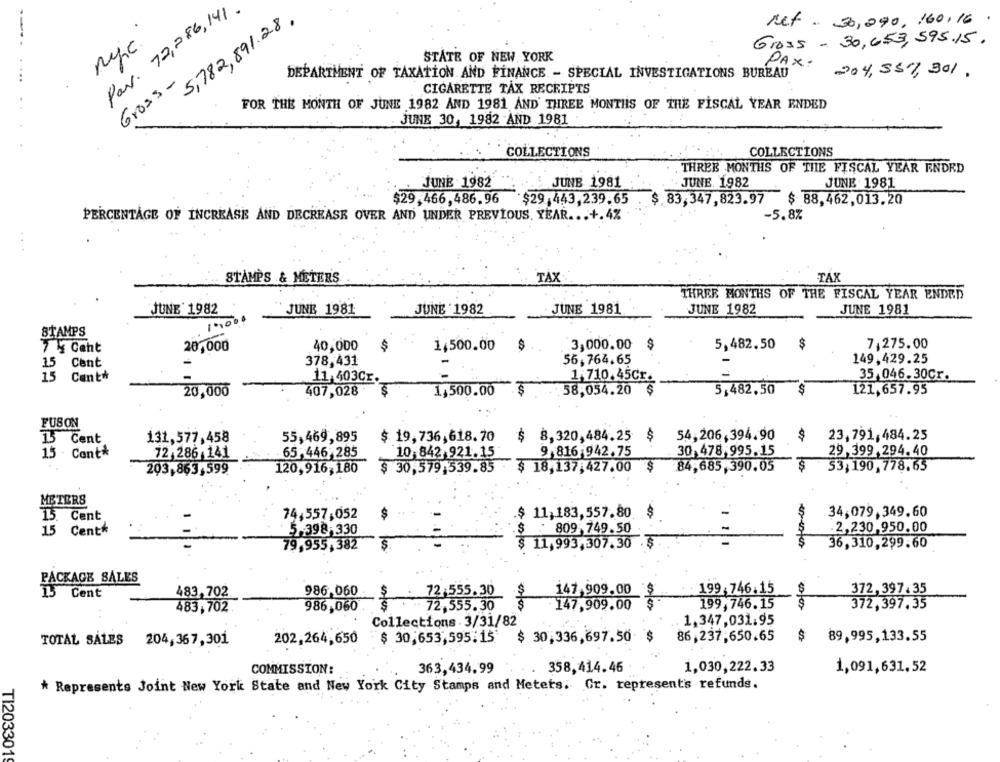
Par. 72,286,141 .
5,782,891.28.
Met . 30,290, 160.16
Gross - 30,653,595.15.
STATE OF NEW YORK
PAX
Gross-
DEPARTMENT OF TAXATION AND FINANCE - SPECIAL INVESTIGATIONS BUREAU
204,357, 301.
CIGARETTE TAX RECEIPTS
FOR THE MONTH OF JUNE 1982 AND 1981 AND' THREE MONTHS OF THE FISCAL YEAR ENDED
JUNE 30, 1982 AND 1981
COLLECTIONS
COLLECTIONS
. THREE MONTHS OF THE FISCAL YEAR ENDED
JUNE 1982
JUNE 1982
JUNE 1981
JUNE 1981
$29,466,486.96
"$29,443,239.65
$ 83,347,823.97
$ 88,462,013.20
PERCENTAGE OF INCREASE AND DECREASE OVER AND UNDER PREVIOUS. YEAR ... +.4%
-5.8%
..
STAMPS & METERS
TAX
TAX
THREE MONTHS OF THE FISCAL YEAR ENDED
JUNE 1982
JUNE 1981
JUNE 1982
JUNE 1981
JUNE 1982
JUNE 1981
19000
STAMPS
7,275.00
74 Caht
20,000
.40,000
$
1,500.00
$
3,000.00
$
5,482.50
$
149,429.25
15
15 Cent
378,431
56,764.65
15 Cent*
15
11,403Cr.
1 710.45Cr.
35,046.30Cr.
20,000
407,028
1,500.00
.58,054.20
5,482,50
$
121,657.95
FUS ON
1L
Cent
131,577,458
55,469,895
$ 19,736,618.70
$
8,320,484.25
$
54,206,394.90
$
23,791,484.25
30,478 995.15
15 - Cont*
72,286-141
65,446, 285
10 842 921.15
9 816 942.75
29,399,294.40
203,863,599
120,916,180
$ 30,579,539.85
$ 18,137,427.00
84,685,390.05
$
53,190, 778.65
METERS
15. Cent
74,557,052
$ 11,183,557.80
$
34,079,349.60
15 Cent*
5.398,330
$ . 809, 749.50
.2,230,950.00
11
79,955,382
$ 11,993,307.30
36,310, 299.60
PACKAGE SALES
Cent
483,702
986,060
72,555.30
147,909.00
199 746.15
372, 397. 35
483,702
986,060
72.555.30
02/00
147,909.00
199,746.15
372,397.35
Collections . 3/31/82
1,347,031.95
202,264,650 $ 30,653,595:15
$ 30,336,697.50
$
86,237,650.65
$
89,995,133.55
TOTAL SALES 204,367, 301
COMMISSION:
363,434.99
358,414.46
1,030,222.33
1,091,631,52
* Represents Joint New York State and New York City Stamps and Meters. Gr. represents refunds.
TI2033019